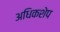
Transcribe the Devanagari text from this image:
अधिकशेप